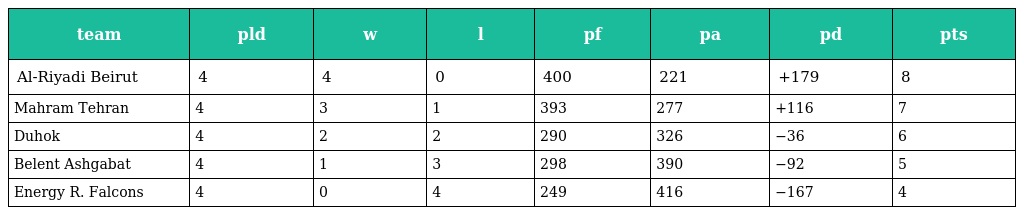
| team | pld | w | l | pf | pa | pd | pts |
 | --- | --- | --- | --- | --- | --- | --- | --- |
 | Al-Riyadi Beirut | 4 | 4 | 0 | 400 | 221 | +179 | 8 |
 | Mahram Tehran | 4 | 3 | 1 | 393 | 277 | +116 | 7 |
 | Duhok | 4 | 2 | 2 | 290 | 326 | −36 | 6 |
 | Belent Ashgabat | 4 | 1 | 3 | 298 | 390 | −92 | 5 |
 | Energy R. Falcons | 4 | 0 | 4 | 249 | 416 | −167 | 4 |